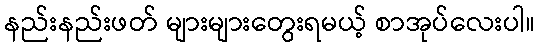
နည်းနည်းဖတ် များများတွေးရမယ့် စာအုပ်လေးပါ။